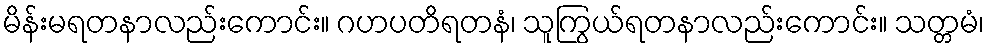
မိန်းမရတနာလည်းကောင်း။ ဂဟပတိရတနံ၊ သူကြွယ်ရတနာလည်းကောင်း။ သတ္တမံ၊